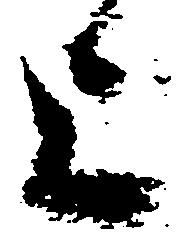
上